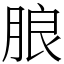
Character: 朖